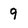
Character: 9